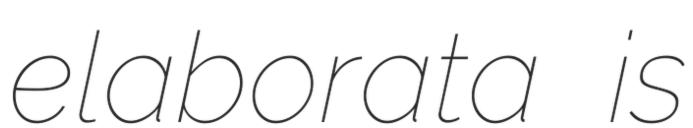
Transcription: elaborata is